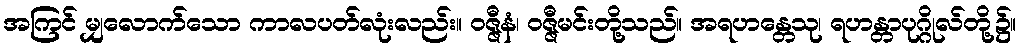
အကြင် မျှလောက်သော ကာလပတ်လုံးလည်း။ ဝဇ္ဇီနံ၊ ဝဇ္ဇီမင်းတို့သည်။ အရဟန္တေသု၊ ရဟန္တာပုဂ္ဂိုလ်တို့၌။